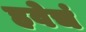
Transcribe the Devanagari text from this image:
हवेचं